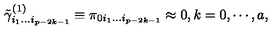
\tilde { \gamma } _ { i _ { 1 } \ldots i _ { p - 2 k - 1 } } ^ { ( 1 ) } \equiv \pi _ { 0 i _ { 1 } \ldots i _ { p - 2 k - 1 } } \approx 0 , k = 0 , \cdots , a ,